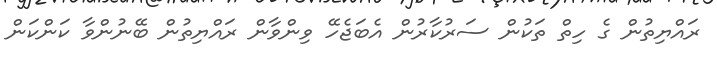
ރައްޔިތުން ގެ ހިތް ތަކުން ސަރުކާރުން އެބަޖެހޭ ވިންވާން ރައްޔިތުން ބޭނުންވާ ކަންކަން